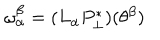
\omega _ { \alpha } ^ { \beta } = ( L _ { \alpha } P _ { \perp } ^ { * } ) ( \theta ^ { \beta } )